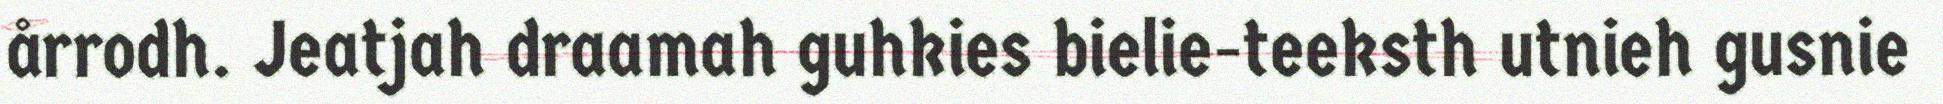
årrodh. Jeatjah draamah guhkies bielie-teeksth utnieh gusnie